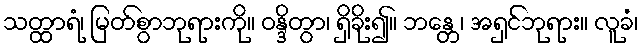
သတ္ထာရံ၊ မြတ်စွာဘုရားကို။ ဝန္ဒိတွာ၊ ရှိခိုး၍။ ဘန္တေ၊ အရှင်ဘုရား။ လူခံ၊